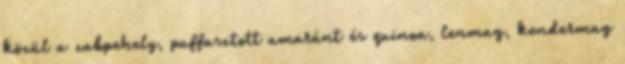
közül a zabpehely, puffasztott amaránt és quinoa, lenmag, kendermag